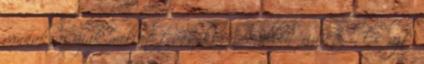
vannak az újak mellett, és könnyen ellenőrizhető. És azt